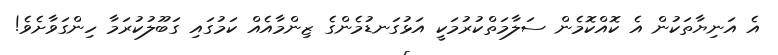
އެ އަނިޔާތަކުން އެ ކޮއްކޮމެން ސަލާމަތްކުރުމަކީ އަޅުގަނޑުމެންގެ ޒިންމާއެއް ކަމުގައި ގަބޫލުކުރަމާ ހިންގަވާށެވެ!